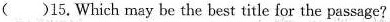
( )15.Which may be the best title for the passage?